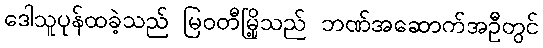
ဒေါသူပုန်ထခဲ့သည် မြဝတီမြို့သည် ဘဏ်အဆောက်အဦတွင်